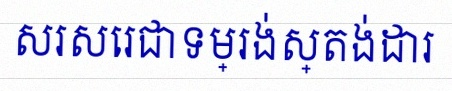
សរសេរជាទម្រង់ស្តង់ដារ